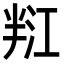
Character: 𭁑